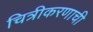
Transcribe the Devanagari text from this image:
चित्रीकरणाची